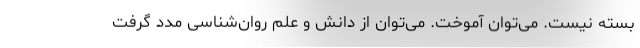
بسته نیست. می‌توان آموخت. می‌توان از دانش و علم روان‌شناسی مدد گرفت